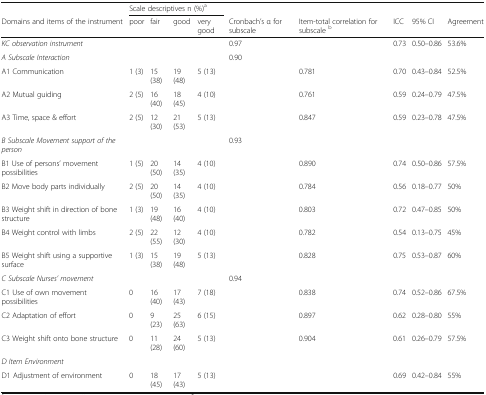
<table><thead><tr><td></td><td colspan="4"><b>Scale descriptives n (%)<sup>a</sup></b></td><td></td><td></td><td></td><td></td><td></td></tr><tr><td><b>Domains and items of the instrument</b></td><td><b>poor</b></td><td><b>fair</b></td><td><b>good</b></td><td><b>very good</b></td><td><b>Cronbach’s α for subscale</b></td><td><b>Item-total correlation for subscale <sup>b</sup></b></td><td><b>ICC</b></td><td><b>95% CI</b></td><td><b>Agreement</b></td></tr></thead><tbody><tr><td><i>KC observation instrument</i></td><td></td><td></td><td></td><td></td><td>0.97</td><td></td><td>0.73</td><td>0.50–0.86</td><td>53.6%</td></tr><tr><td><i>A Subscale Interaction</i></td><td></td><td></td><td></td><td></td><td>0.90</td><td></td><td></td><td></td><td></td></tr><tr><td>A1 Communication</td><td>1 (3)</td><td>15 (38)</td><td>19 (48)</td><td>5 (13)</td><td></td><td>0.781</td><td>0.70</td><td>0.43–0.84</td><td>52.5%</td></tr><tr><td>A2 Mutual guiding</td><td>2 (5)</td><td>16 (40)</td><td>18 (45)</td><td>4 (10)</td><td></td><td>0.761</td><td>0.59</td><td>0.24–0.79</td><td>47.5%</td></tr><tr><td>A3 Time, space &amp; effort</td><td>2 (5)</td><td>12 (30)</td><td>21 (53)</td><td>5 (13)</td><td></td><td>0.847</td><td>0.59</td><td>0.23–0.78</td><td>47.5%</td></tr><tr><td><i>B Subscale Movement support of the person</i></td><td></td><td></td><td></td><td></td><td>0.93</td><td></td><td></td><td></td><td></td></tr><tr><td>B1 Use of persons’ movement possibilities</td><td>1 (5)</td><td>20 (50)</td><td>14 (35)</td><td>4 (10)</td><td></td><td>0.890</td><td>0.74</td><td>0.50–0.86</td><td>57.5%</td></tr><tr><td>B2 Move body parts individually</td><td>2 (5)</td><td>20 (50)</td><td>14 (35)</td><td>4 (10)</td><td></td><td>0.784</td><td>0.56</td><td>0.18–0.77</td><td>50%</td></tr><tr><td>B3 Weight shift in direction of bone structure</td><td>1 (3)</td><td>19 (48)</td><td>16 (40)</td><td>4 (10)</td><td></td><td>0.803</td><td>0.72</td><td>0.47–0.85</td><td>50%</td></tr><tr><td>B4 Weight control with limbs</td><td>2 (5)</td><td>22 (55)</td><td>12 (30)</td><td>4 (10)</td><td></td><td>0.782</td><td>0.54</td><td>0.13–0.75</td><td>45%</td></tr><tr><td>B5 Weight shift using a supportive surface</td><td>1 (3)</td><td>15 (38)</td><td>19 (48)</td><td>5 (13)</td><td></td><td>0.828</td><td>0.75</td><td>0.53–0.87</td><td>60%</td></tr><tr><td><i>C Subscale Nurses’ movement</i></td><td></td><td></td><td></td><td></td><td>0.94</td><td></td><td></td><td></td><td></td></tr><tr><td>C1 Use of own movement possibilities</td><td>0</td><td>16 (40)</td><td>17 (43)</td><td>7 (18)</td><td></td><td>0.838</td><td>0.74</td><td>0.52–0.86</td><td>67.5%</td></tr><tr><td>C2 Adaptation of effort</td><td>0</td><td>9 (23)</td><td>25 (63)</td><td>6 (15)</td><td></td><td>0.897</td><td>0.62</td><td>0.28–0.80</td><td>55%</td></tr><tr><td>C3 Weight shift onto bone structure</td><td>0</td><td>11 (28)</td><td>24 (60)</td><td>5 (13)</td><td></td><td>0.904</td><td>0.61</td><td>0.26–0.79</td><td>57.5%</td></tr><tr><td><i>D Item Environment</i></td><td></td><td></td><td></td><td></td><td></td><td></td><td></td><td></td><td></td></tr><tr><td>D1 Adjustment of environment</td><td>0</td><td>18 (45)</td><td>17 (43)</td><td>5 (13)</td><td></td><td></td><td>0.69</td><td>0.42–0.84</td><td>55%</td></tr></tbody></table>